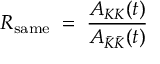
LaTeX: R _ { \mathrm { s a m e } } \; = \; \frac { A _ { K K } ( t ) } { A _ { \bar { K } \bar { K } } ( t ) }